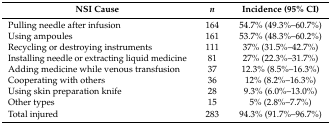
<table><thead><tr><td><b>NSI Cause</b></td><td><b><i>n</i></b></td><td><b>Incidence (95% CI)</b></td></tr></thead><tbody><tr><td>Pulling needle after infusion</td><td>164</td><td>54.7% (49.3%–60.7%)</td></tr><tr><td>Using ampoules</td><td>161</td><td>53.7% (48.3%–60.2%)</td></tr><tr><td>Recycling or destroying instruments</td><td>111</td><td>37% (31.5%–42.7%)</td></tr><tr><td>Installing needle or extracting liquid medicine</td><td>81</td><td>27% (22.3%–31.7%)</td></tr><tr><td>Adding medicine while venous transfusion</td><td>37</td><td>12.3% (8.5%–16.3%)</td></tr><tr><td>Cooperating with others</td><td>36</td><td>12% (8.2%–16.3%)</td></tr><tr><td>Using skin preparation knife</td><td>28</td><td>9.3% (6.0%–13.0%)</td></tr><tr><td>Other types</td><td>15</td><td>5% (2.8%–7.7%)</td></tr><tr><td>Total injured</td><td>283</td><td>94.3% (91.7%–96.7%)</td></tr></tbody></table>